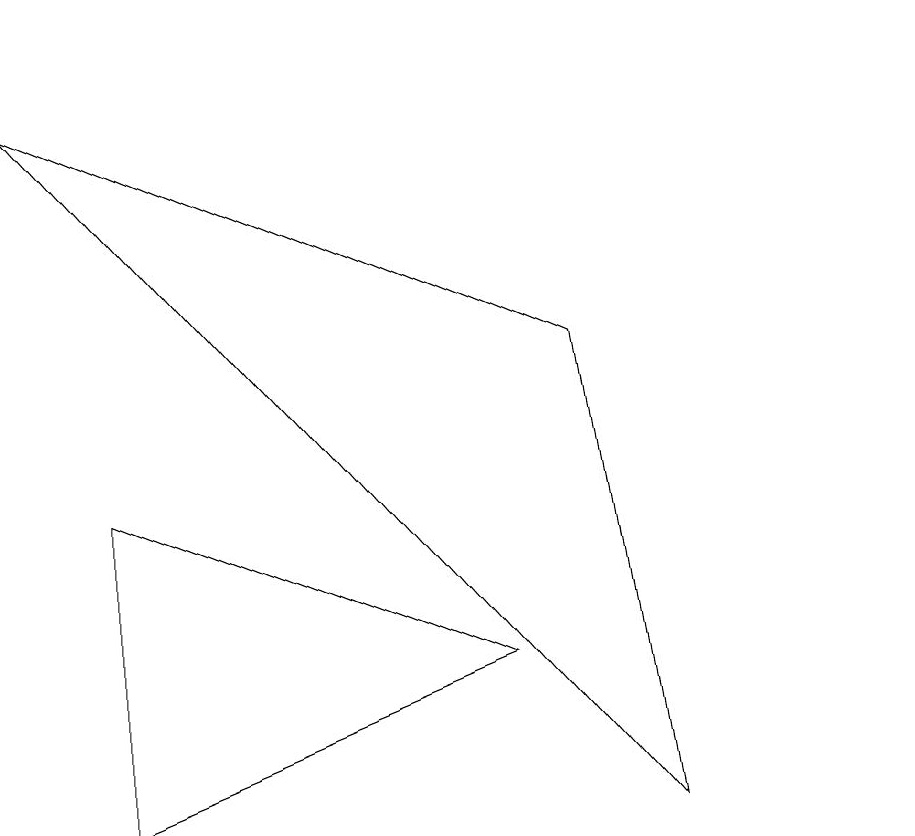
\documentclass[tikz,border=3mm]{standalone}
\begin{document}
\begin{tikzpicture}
\draw (8,6) -- (1,9) -- (9,0) -- cycle;
\draw (7,2) -- (2,4) -- (2,0) -- cycle;
\draw (12,10) circle (0);
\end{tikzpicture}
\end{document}